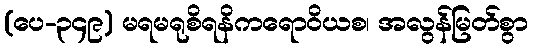
(ပေ-၃၄၉) မရမရုစိရနိကရောဝိယစ၊ အလွန်မြတ်စွာ